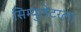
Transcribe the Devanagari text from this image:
सिम्युलेटरला